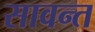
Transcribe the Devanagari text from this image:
सावन्‍त